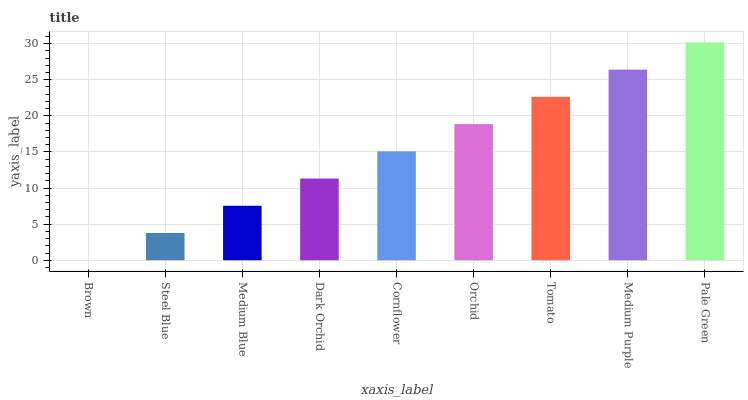
| xaxis_label | bars |
 | --- | --- |
 | Brown | 0 |
 | Steel Blue | 3.77 |
 | Medium Blue | 7.54 |
 | Dark Orchid | 11.3 |
 | Cornflower | 15.1 |
 | Orchid | 18.9 |
 | Tomato | 22.6 |
 | Medium Purple | 26.4 |
 | Pale Green | 30.2 |